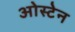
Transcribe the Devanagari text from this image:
ओस्टेन